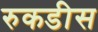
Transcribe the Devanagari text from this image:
रुकडीस